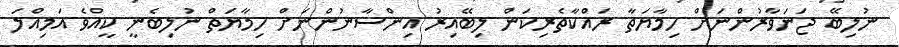
ނުލިބޭ ޖަނަވާރުންނަށް ހިމާޔަތާ ރައްކާތެރިކަން ލިބޭއިރު އިންސާނުންނަށް ހިމާޔަތް ނުލިބެނީ ކީއްވެ އަމިއްލަ